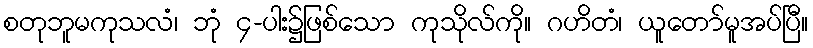
စတုဘူမကုသလံ၊ ဘုံ ၄-ပါး၌ဖြစ်သော ကုသိုလ်ကို။ ဂဟိတံ၊ ယူတော်မူအပ်ပြီ။